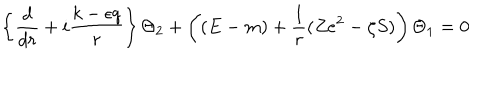
\left\{ \frac d { d r } + i \frac { k - \epsilon q } r \right\} \Theta _ { 2 } + \left( ( E - m ) + \frac 1 r ( Z e ^ { 2 } - \zeta S ) \right) \Theta _ { 1 } = 0